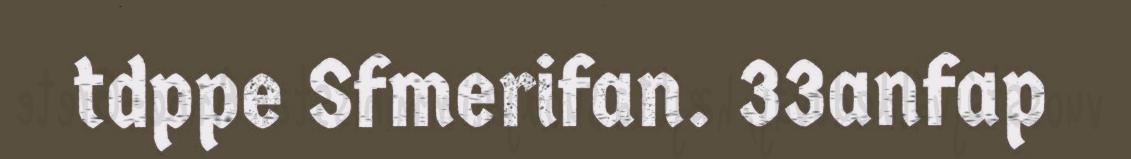
tdppe Sfmerifan. 33anfap